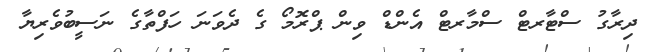
ދިރާގު ސްޓާރޓް ސްމާރޓް އެންޑް ވިން ޕްރޮމޯ ގެ ދެވަނަ ހަފްތާގެ ނަސީބުވެރިޔާ